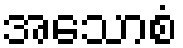
အသောစံ